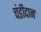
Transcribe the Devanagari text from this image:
चंडीदान